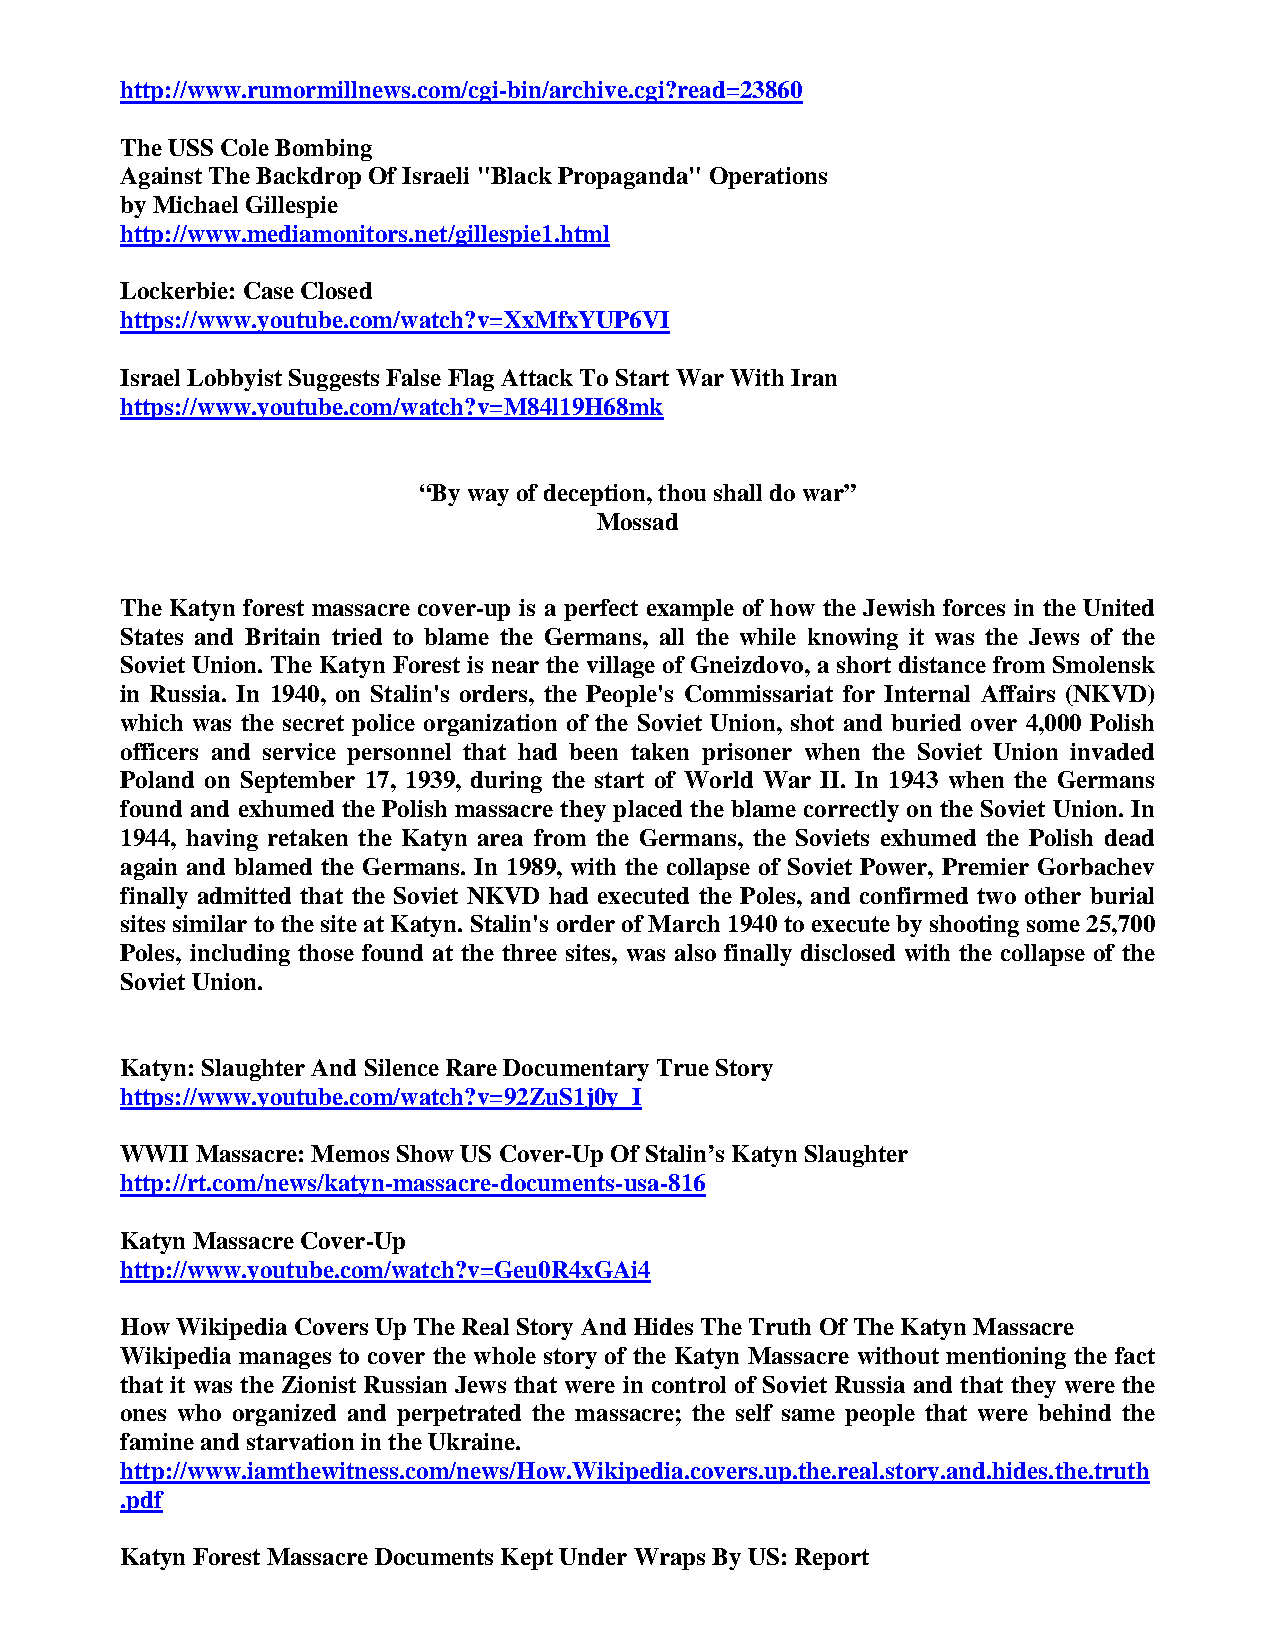
http://www.rumormillnews.com/cgi-bin/archive.cgi?read=23860
 The USS Cole Bombing
 Against The Backdrop Of Israeli "Black Propaganda" Operations
 by Michael Gillespie
 http://www.mediamonitors.net/gillespie1.html
 Lockerbie: Case Closed
 https://www.youtube.com/watch?v=XxMfxYUP6VI
 Israel Lobbyist Suggests False Flag Attack To Start War With Iran
 https://www.youtube.com/watch?v=M84l19H68mk
 “By way of deception, thou shall do war”
 Mossad
 The Katyn forest massacre cover-up is a perfect example of how the Jewish forces in the United
 States and Britain tried to blame the Germans, all the while knowing it was the Jews of the
 Soviet Union. The Katyn Forest is near the village of Gneizdovo, a short distance from Smolensk
 in Russia. In 1940, on Stalin's orders, the People's Commissariat for Internal Affairs (NKVD)
 which was the secret police organization of the Soviet Union, shot and buried over 4,000 Polish
 officers and service personnel that had been taken prisoner when the Soviet Union invaded
 Poland on September 17, 1939, during the start of World War II. In 1943 when the Germans
 found and exhumed the Polish massacre they placed the blame correctly on the Soviet Union. In
 1944, having retaken the Katyn area from the Germans, the Soviets exhumed the Polish dead
 again and blamed the Germans. In 1989, with the collapse of Soviet Power, Premier Gorbachev
 finally admitted that the Soviet NKVD had executed the Poles, and confirmed two other burial
 sites similar to the site at Katyn. Stalin's order of March 1940 to execute by shooting some 25,700
 Poles, including those found at the three sites, was also finally disclosed with the collapse of the
 Soviet Union.
 Katyn: Slaughter And Silence Rare Documentary True Story
 https://www.youtube.com/watch?v=92ZuS1j0y_I
 WWII Massacre: Memos Show US Cover-Up Of Stalin’s Katyn Slaughter
 http://rt.com/news/katyn-massacre-documents-usa-816
 Katyn Massacre Cover-Up
 http://www.youtube.com/watch?v=Geu0R4xGAi4
 How Wikipedia Covers Up The Real Story And Hides The Truth Of The Katyn Massacre
 Wikipedia manages to cover the whole story of the Katyn Massacre without mentioning the fact
 that it was the Zionist Russian Jews that were in control of Soviet Russia and that they were the
 ones who organized and perpetrated the massacre; the self same people that were behind the
 famine and starvation in the Ukraine.
 http://www.iamthewitness.com/news/How.Wikipedia.covers.up.the.real.story.and.hides.the.truth
 .pdf
 Katyn Forest Massacre Documents Kept Under Wraps By US: Report